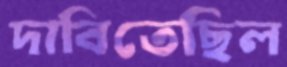
দাবিতেছিল